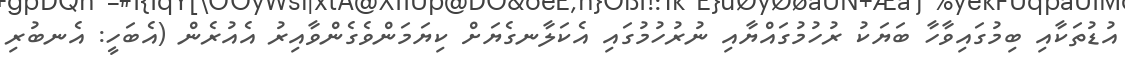
އުޑުތަކާއި ބިމުގައިވާހާ ބަޔަކު ރުހުމުގައްޔާއި ނުރުހުމުގައި އެކަލާނގެޔަށް ކިޔަމަންވެގެންވާއިރު އެއުރެން (އެބަހީ: އެނބުރި